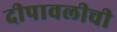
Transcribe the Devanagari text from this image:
दीपावलीची